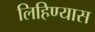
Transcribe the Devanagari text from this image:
लिहिण्‍यास